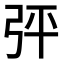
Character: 𢏊